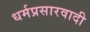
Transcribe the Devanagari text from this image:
धर्मप्रसारवादी